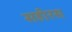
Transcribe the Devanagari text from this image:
सहीरस